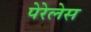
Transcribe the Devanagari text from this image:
पेरेलेस